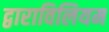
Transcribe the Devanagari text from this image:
द्वाराविलियम